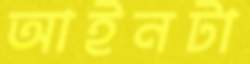
আইনটা